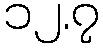
၁၂.၇